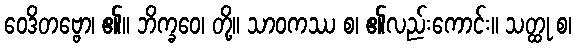
ဝေဒိတဗ္ဗော၊ ၏။ ဘိက္ခဝေ၊ တို့။ သာဝကဿ စ၊ ၏လည်းကောင်း။ သတ္ထု စ၊